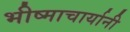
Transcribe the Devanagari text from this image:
भीष्माचार्यानी